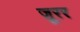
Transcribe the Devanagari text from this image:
ज़ूरर